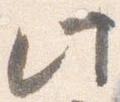
此